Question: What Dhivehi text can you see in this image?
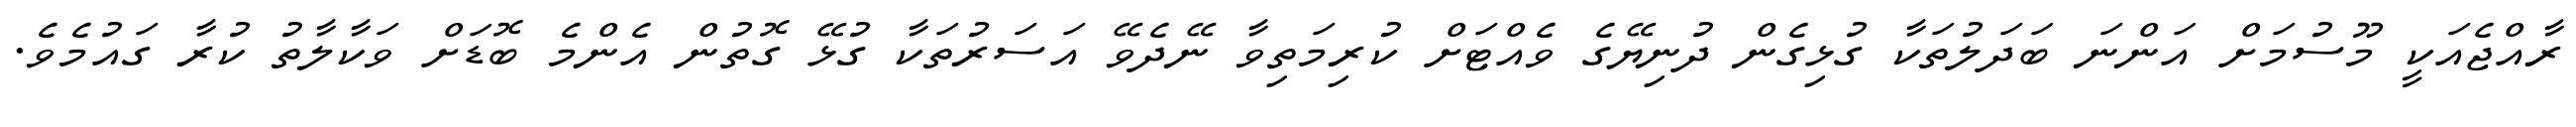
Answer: ރާއްޖެއަކީ މޫސުމަށް އަންނަ ބަދަލުތަކާ ގުޅިގެން ދުނިޔޭގެ ވެއްޓަށް ކުރިމަތިވާ ނޭދެވޭ އަސަރުތަކާ ގުޅޭ ގޮތުން އެންމެ ބޮޑަށް ވަކާލާތު ކުރާ ގައުމެވެ.